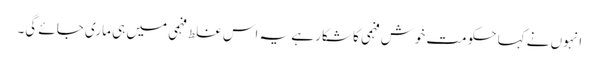
انہوں نے کہا حکومت خوش فہمی کا شکار ہے یہ اس غلط فہمی میں ہی ماری جائے گی۔